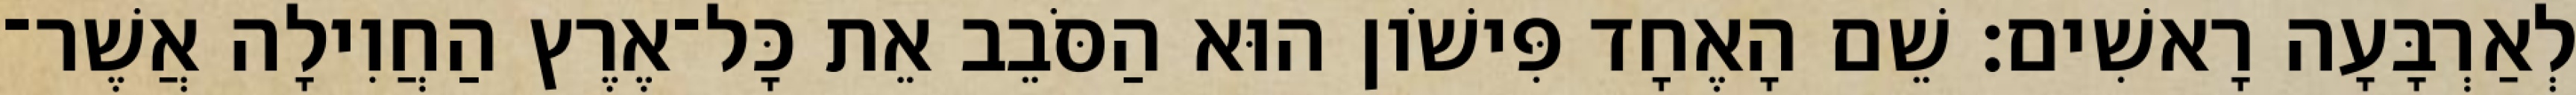
לְאַרְבָּעָה רָאשִׁים׃ שֵׁם הָאֶחָד פִּישֹׁון הוּא הַסֹּבֵב אֵת כָּל־אֶרֶץ הַחֲוִילָה אֲשֶׁר־